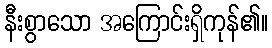
နီးစွာသော အကြောင်းရှိကုန်၏။